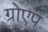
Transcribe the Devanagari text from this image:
ग्रोएप